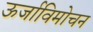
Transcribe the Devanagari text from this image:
ऊर्जाविमोचन